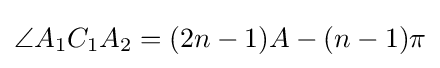
\angle A_{1}C_{1}A_{2}=(2n-1)A-(n-1)\pi